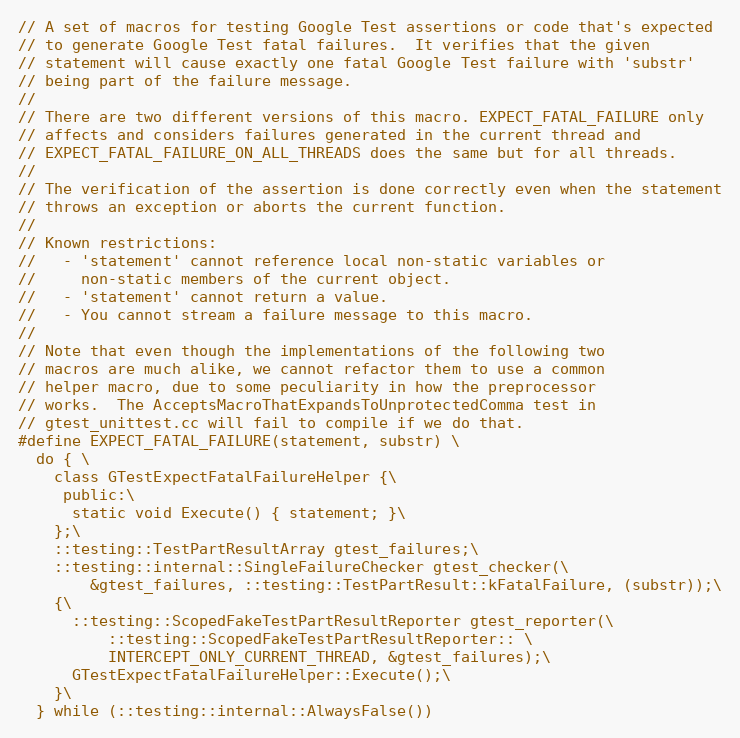
Language: C
// A set of macros for testing Google Test assertions or code that's expected
// to generate Google Test fatal failures.  It verifies that the given
// statement will cause exactly one fatal Google Test failure with 'substr'
// being part of the failure message.
//
// There are two different versions of this macro. EXPECT_FATAL_FAILURE only
// affects and considers failures generated in the current thread and
// EXPECT_FATAL_FAILURE_ON_ALL_THREADS does the same but for all threads.
//
// The verification of the assertion is done correctly even when the statement
// throws an exception or aborts the current function.
//
// Known restrictions:
//   - 'statement' cannot reference local non-static variables or
//     non-static members of the current object.
//   - 'statement' cannot return a value.
//   - You cannot stream a failure message to this macro.
//
// Note that even though the implementations of the following two
// macros are much alike, we cannot refactor them to use a common
// helper macro, due to some peculiarity in how the preprocessor
// works.  The AcceptsMacroThatExpandsToUnprotectedComma test in
// gtest_unittest.cc will fail to compile if we do that.
#define EXPECT_FATAL_FAILURE(statement, substr) \
  do { \
    class GTestExpectFatalFailureHelper {\
     public:\
      static void Execute() { statement; }\
    };\
    ::testing::TestPartResultArray gtest_failures;\
    ::testing::internal::SingleFailureChecker gtest_checker(\
        &gtest_failures, ::testing::TestPartResult::kFatalFailure, (substr));\
    {\
      ::testing::ScopedFakeTestPartResultReporter gtest_reporter(\
          ::testing::ScopedFakeTestPartResultReporter:: \
          INTERCEPT_ONLY_CURRENT_THREAD, &gtest_failures);\
      GTestExpectFatalFailureHelper::Execute();\
    }\
  } while (::testing::internal::AlwaysFalse())